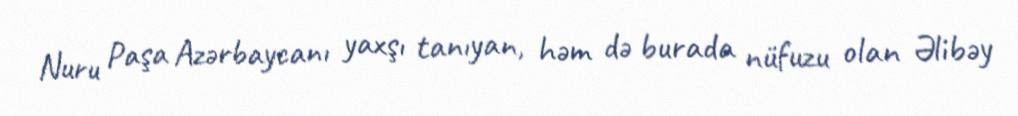
Nuru Paşa Azərbaycanı yaxşı tanıyan, həm də burada nüfuzu olan Əlibəy